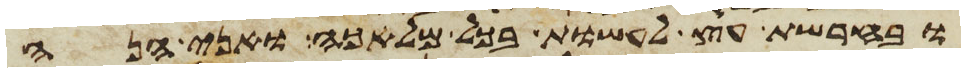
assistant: ובחרשת עץ לעשות בכל מלאכה ואני הנה